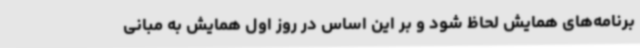
برنامه‌های همایش لحاظ شود و بر این اساس در روز اول همایش به مبانی